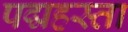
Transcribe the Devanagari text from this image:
पद्महस्ता